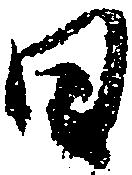
日